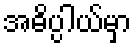
အဓိပ္ပါယ်မှာ